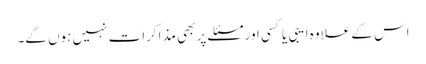
اس کے علاوہ ایبی یا کسی اور مسئلے پر بھی مذاکرات نہیں ہوں گے۔